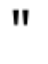
"